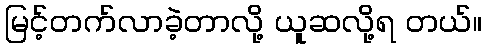
မြင့်တက်လာခဲ့တာလို့ ယူဆလို့ရ တယ်။